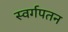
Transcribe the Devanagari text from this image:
स्वर्गपतन